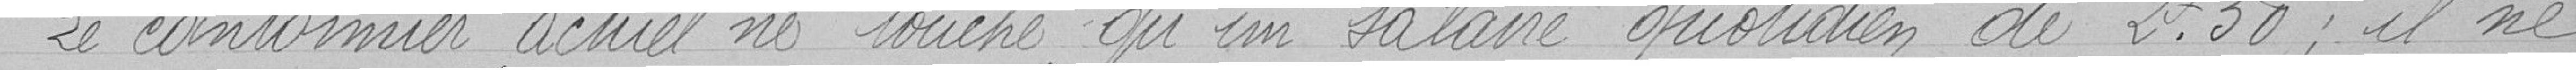
Le cantonnier actuel ne touche qu'un salaire quotidien de 2,50 francs : il ne